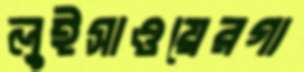
লুইসাওয়েরগা